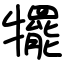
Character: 犤